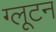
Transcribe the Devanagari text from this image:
ग्लूटन